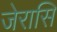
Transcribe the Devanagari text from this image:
जेरासि